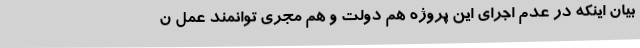
بیان اینکه در عدم اجرای این پروژه هم دولت و هم مجری توانمند عمل ن